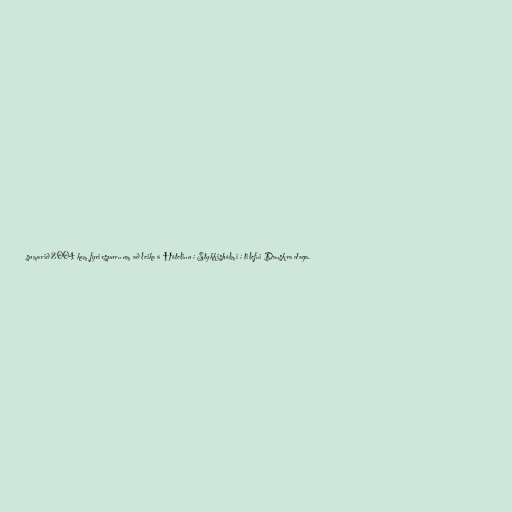
sumarið 2004 kom fyrirspurn um að leika á Hótelinu í Stykkishólmi í tilefni Danskra daga.